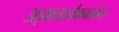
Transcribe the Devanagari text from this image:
अज्ञानाच्चैकभक्तेन